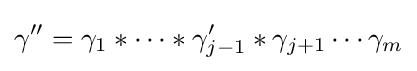
\gamma ''=\gamma _{1}\ast \cdots \ast \gamma _{j-1}'\ast \gamma _{j+1}\cdots \gamma _{m}